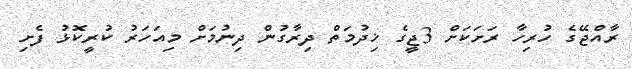
ރާއްޖޭގެ ހުރިހާ ރަށަކަށް 3ޖީގެ ޚިދުމަތް ދިރާގުން ދިނުމަށް މިއަހަރު ކުރީކޮޅު ފެށި